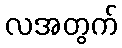
လအတွက်